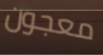
معجون